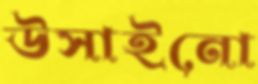
উসাইনো